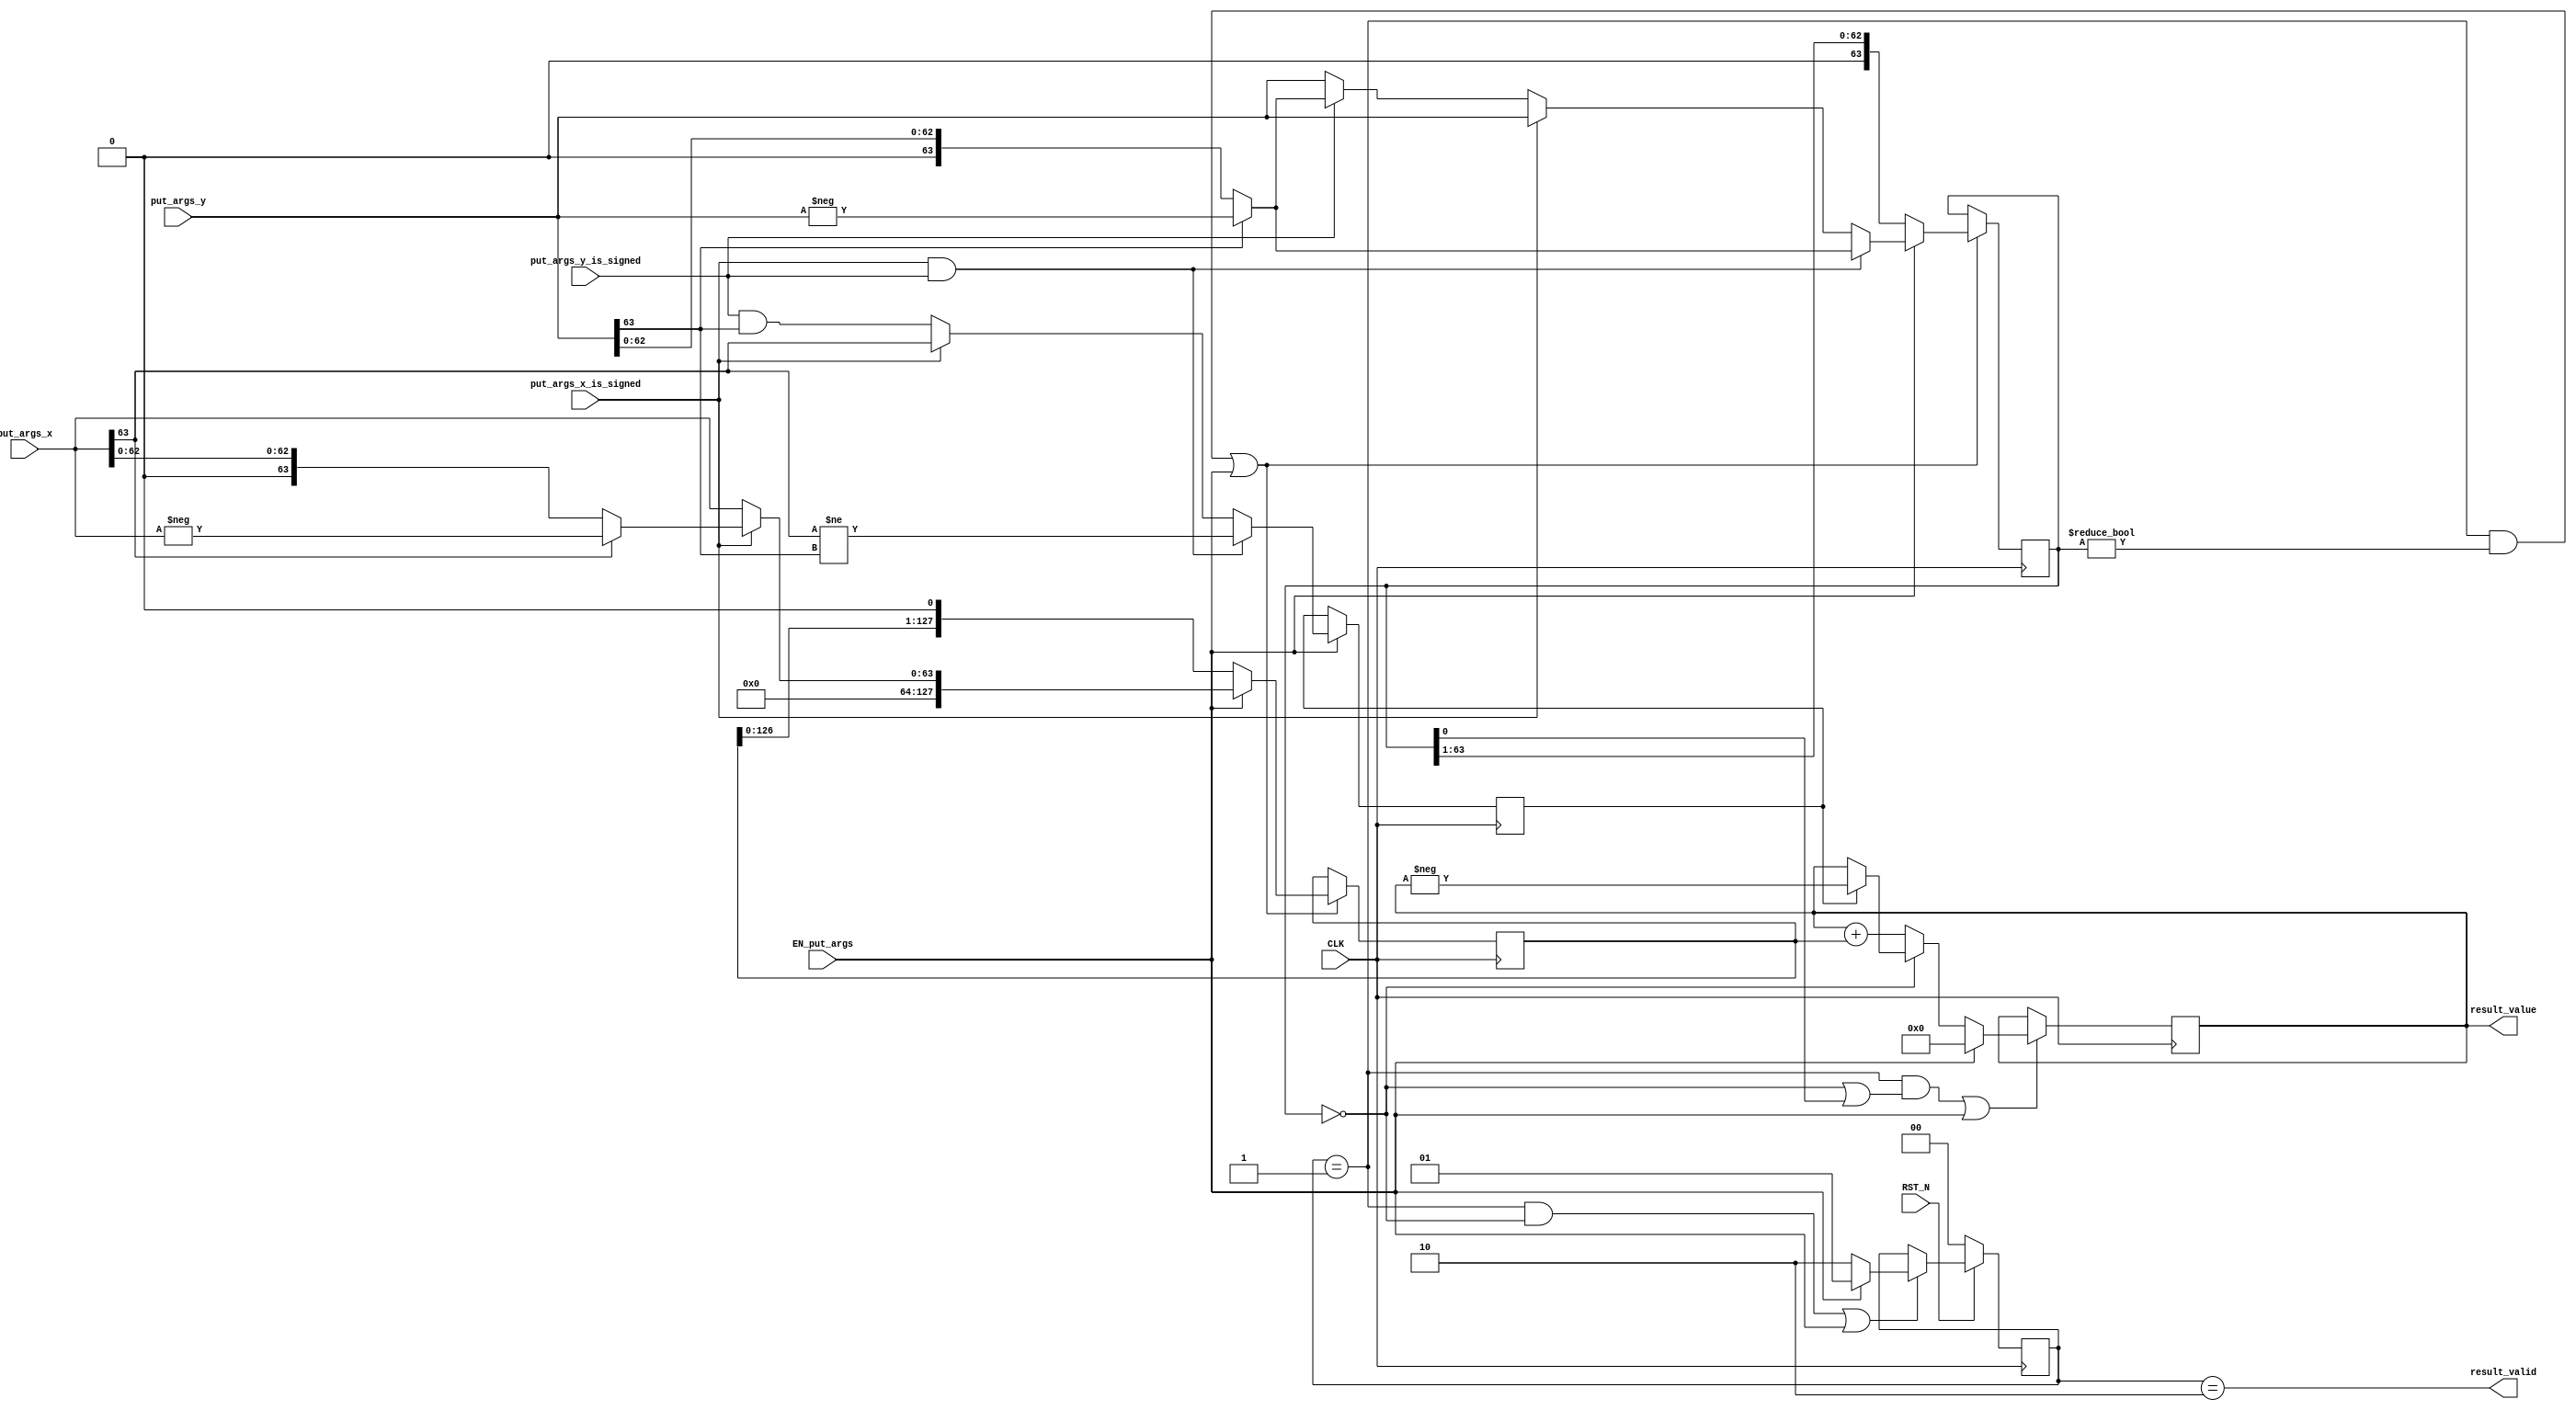
//
// Generated by Bluespec Compiler, version 2022.01 (build 066c7a8)
//
//
// Ports:
// Name                         I/O  size props
// result_valid                   O     1
// result_value                   O   128 reg
// CLK                            I     1 clock
// RST_N                          I     1 reset
// put_args_x_is_signed           I     1
// put_args_x                     I    64
// put_args_y_is_signed           I     1
// put_args_y                     I    64
// EN_put_args                    I     1
//
// No combinational paths from inputs to outputs
//
//

`ifdef BSV_ASSIGNMENT_DELAY
`else
  `define BSV_ASSIGNMENT_DELAY
`endif

`ifdef BSV_POSITIVE_RESET
  `define BSV_RESET_VALUE 1'b1
  `define BSV_RESET_EDGE posedge
`else
  `define BSV_RESET_VALUE 1'b0
  `define BSV_RESET_EDGE negedge
`endif

module mkIntMul_64(CLK,
		   RST_N,

		   put_args_x_is_signed,
		   put_args_x,
		   put_args_y_is_signed,
		   put_args_y,
		   EN_put_args,

		   result_valid,

		   result_value);
  input  CLK;
  input  RST_N;

  // action method put_args
  input  put_args_x_is_signed;
  input  [63 : 0] put_args_x;
  input  put_args_y_is_signed;
  input  [63 : 0] put_args_y;
  input  EN_put_args;

  // value method result_valid
  output result_valid;

  // value method result_value
  output [127 : 0] result_value;

  // signals for module outputs
  wire [127 : 0] result_value;
  wire result_valid;

  // register m_rg_isNeg
  reg m_rg_isNeg;
  wire m_rg_isNeg$D_IN, m_rg_isNeg$EN;

  // register m_rg_signed
  reg m_rg_signed;
  wire m_rg_signed$D_IN, m_rg_signed$EN;

  // register m_rg_state
  reg [1 : 0] m_rg_state;
  wire [1 : 0] m_rg_state$D_IN;
  wire m_rg_state$EN;

  // register m_rg_x
  reg [127 : 0] m_rg_x;
  wire [127 : 0] m_rg_x$D_IN;
  wire m_rg_x$EN;

  // register m_rg_xy
  reg [127 : 0] m_rg_xy;
  wire [127 : 0] m_rg_xy$D_IN;
  wire m_rg_xy$EN;

  // register m_rg_y
  reg [63 : 0] m_rg_y;
  wire [63 : 0] m_rg_y$D_IN;
  wire m_rg_y$EN;

  // rule scheduling signals
  wire CAN_FIRE_RL_m_compute,
       CAN_FIRE_put_args,
       WILL_FIRE_RL_m_compute,
       WILL_FIRE_put_args;

  // inputs to muxes for submodule ports
  wire [127 : 0] MUX_m_rg_x$write_1__VAL_1,
		 MUX_m_rg_x$write_1__VAL_2,
		 MUX_m_rg_xy$write_1__VAL_2;
  wire [63 : 0] MUX_m_rg_y$write_1__VAL_1, MUX_m_rg_y$write_1__VAL_2;

  // remaining internal signals
  wire [127 : 0] x__h236, x__h338, xy___1__h262;
  wire [63 : 0] _theResult___fst__h506,
		_theResult___fst__h509,
		_theResult___fst__h560,
		_theResult___fst__h563,
		_theResult___snd_fst__h555;
  wire IF_put_args_x_is_signed_THEN_put_args_x_BIT_63_ETC___d34;

  // action method put_args
  assign CAN_FIRE_put_args = 1'd1 ;
  assign WILL_FIRE_put_args = EN_put_args ;

  // value method result_valid
  assign result_valid = m_rg_state == 2'd2 ;

  // value method result_value
  assign result_value = m_rg_xy ;

  // rule RL_m_compute
  assign CAN_FIRE_RL_m_compute = m_rg_state == 2'd1 ;
  assign WILL_FIRE_RL_m_compute = CAN_FIRE_RL_m_compute ;

  // inputs to muxes for submodule ports
  assign MUX_m_rg_x$write_1__VAL_1 = { 64'd0, _theResult___fst__h506 } ;
  assign MUX_m_rg_x$write_1__VAL_2 = { m_rg_x[126:0], 1'd0 } ;
  assign MUX_m_rg_xy$write_1__VAL_2 = (m_rg_y == 64'd0) ? x__h236 : x__h338 ;
  assign MUX_m_rg_y$write_1__VAL_1 =
	     (put_args_x_is_signed && put_args_y_is_signed) ?
	       _theResult___fst__h563 :
	       _theResult___snd_fst__h555 ;
  assign MUX_m_rg_y$write_1__VAL_2 = { 1'd0, m_rg_y[63:1] } ;

  // register m_rg_isNeg
  assign m_rg_isNeg$D_IN =
	     (put_args_x_is_signed && put_args_y_is_signed) ?
	       put_args_x[63] != put_args_y[63] :
	       IF_put_args_x_is_signed_THEN_put_args_x_BIT_63_ETC___d34 ;
  assign m_rg_isNeg$EN = EN_put_args ;

  // register m_rg_signed
  assign m_rg_signed$D_IN = 1'b0 ;
  assign m_rg_signed$EN = 1'b0 ;

  // register m_rg_state
  assign m_rg_state$D_IN = EN_put_args ? 2'd1 : 2'd2 ;
  assign m_rg_state$EN =
	     WILL_FIRE_RL_m_compute && m_rg_y == 64'd0 || EN_put_args ;

  // register m_rg_x
  assign m_rg_x$D_IN =
	     EN_put_args ?
	       MUX_m_rg_x$write_1__VAL_1 :
	       MUX_m_rg_x$write_1__VAL_2 ;
  assign m_rg_x$EN =
	     WILL_FIRE_RL_m_compute && m_rg_y != 64'd0 || EN_put_args ;

  // register m_rg_xy
  assign m_rg_xy$D_IN = EN_put_args ? 128'd0 : MUX_m_rg_xy$write_1__VAL_2 ;
  assign m_rg_xy$EN =
	     WILL_FIRE_RL_m_compute && (m_rg_y == 64'd0 || m_rg_y[0]) ||
	     EN_put_args ;

  // register m_rg_y
  assign m_rg_y$D_IN =
	     EN_put_args ?
	       MUX_m_rg_y$write_1__VAL_1 :
	       MUX_m_rg_y$write_1__VAL_2 ;
  assign m_rg_y$EN =
	     WILL_FIRE_RL_m_compute && m_rg_y != 64'd0 || EN_put_args ;

  // remaining internal signals
  assign IF_put_args_x_is_signed_THEN_put_args_x_BIT_63_ETC___d34 =
	     put_args_x_is_signed ?
	       put_args_x[63] :
	       put_args_y_is_signed && put_args_y[63] ;
  assign _theResult___fst__h506 =
	     put_args_x_is_signed ? _theResult___fst__h509 : put_args_x ;
  assign _theResult___fst__h509 = put_args_x[63] ? -put_args_x : put_args_x ;
  assign _theResult___fst__h560 =
	     put_args_y_is_signed ? _theResult___fst__h563 : put_args_y ;
  assign _theResult___fst__h563 = put_args_y[63] ? -put_args_y : put_args_y ;
  assign _theResult___snd_fst__h555 =
	     put_args_x_is_signed ? put_args_y : _theResult___fst__h560 ;
  assign x__h236 = m_rg_isNeg ? xy___1__h262 : m_rg_xy ;
  assign x__h338 = m_rg_xy + m_rg_x ;
  assign xy___1__h262 = -m_rg_xy ;

  // handling of inlined registers

  always@(posedge CLK)
  begin
    if (RST_N == `BSV_RESET_VALUE)
      begin
        m_rg_state <= `BSV_ASSIGNMENT_DELAY 2'd0;
      end
    else
      begin
        if (m_rg_state$EN)
	  m_rg_state <= `BSV_ASSIGNMENT_DELAY m_rg_state$D_IN;
      end
    if (m_rg_isNeg$EN) m_rg_isNeg <= `BSV_ASSIGNMENT_DELAY m_rg_isNeg$D_IN;
    if (m_rg_signed$EN) m_rg_signed <= `BSV_ASSIGNMENT_DELAY m_rg_signed$D_IN;
    if (m_rg_x$EN) m_rg_x <= `BSV_ASSIGNMENT_DELAY m_rg_x$D_IN;
    if (m_rg_xy$EN) m_rg_xy <= `BSV_ASSIGNMENT_DELAY m_rg_xy$D_IN;
    if (m_rg_y$EN) m_rg_y <= `BSV_ASSIGNMENT_DELAY m_rg_y$D_IN;
  end

  // synopsys translate_off
  `ifdef BSV_NO_INITIAL_BLOCKS
  `else // not BSV_NO_INITIAL_BLOCKS
  initial
  begin
    m_rg_isNeg = 1'h0;
    m_rg_signed = 1'h0;
    m_rg_state = 2'h2;
    m_rg_x = 128'hAAAAAAAAAAAAAAAAAAAAAAAAAAAAAAAA;
    m_rg_xy = 128'hAAAAAAAAAAAAAAAAAAAAAAAAAAAAAAAA;
    m_rg_y = 64'hAAAAAAAAAAAAAAAA;
  end
  `endif // BSV_NO_INITIAL_BLOCKS
  // synopsys translate_on
endmodule  // mkIntMul_64